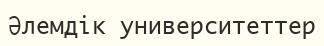
Әлемдік университеттер